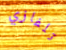
تلفازي